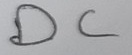
Text: DC